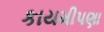
કાયમીપણા